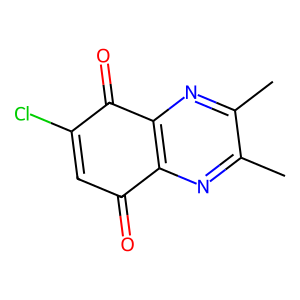
SMILES: Cc1nc2c(nc1C)C(=O)C(Cl)=CC2=O
Inhibits HIV replication: No